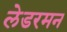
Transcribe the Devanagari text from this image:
लेडरमन